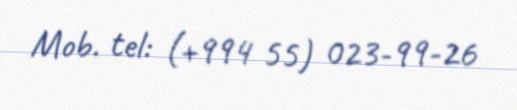
Mob. tel: (+994 55) 023-99-26